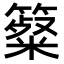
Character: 𥴷